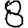
Digit: 8